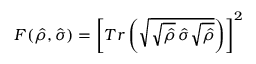
F ( \hat { \rho } , \hat { \sigma } ) = \left[ T r \left( \sqrt { \sqrt { \hat { \rho } } \, \hat { \sigma } \sqrt { \hat { \rho } } } \right) \right] ^ { 2 }